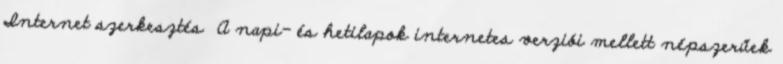
Internet szerkesztés A napi- és hetilapok internetes verziói mellett népszerűek